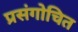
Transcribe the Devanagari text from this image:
प्रसंगोचित